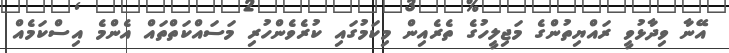
އޭނާ ވިދާޅުވީ ރައްޔިތުންގެ މަޖިލީހުގެ ތެރެއިން މިކަމުގައި ކުރެވެންހުރި މަސައްކަތްތައް އެންމެ އިސްކަމެއް